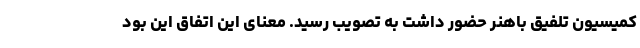
کمیسیون تلفیق باهنر حضور داشت به تصویب رسید. معنای این اتفاق این بود